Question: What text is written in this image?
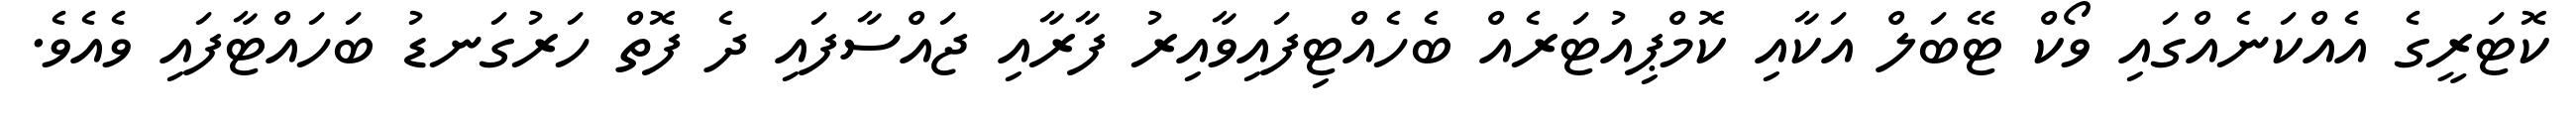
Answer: ކޮޓަރީގެ އެއްކަނެއްގައި ވޯކް ޓޭބަލް އަކާއި ކޮމްޕިއުޓަރެއް ބެހެއްޓިފައިވާއިރު ފާރާއި ޖައްސާފައި ދެ ފޮތް ހަރުގަނޑު ބަހައްޓާފައި ވެއެވެ.